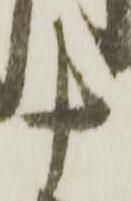
十